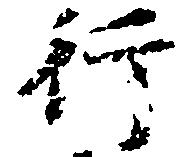
行